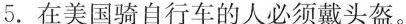
5.在美国骑自行车的人必须戴头盔。